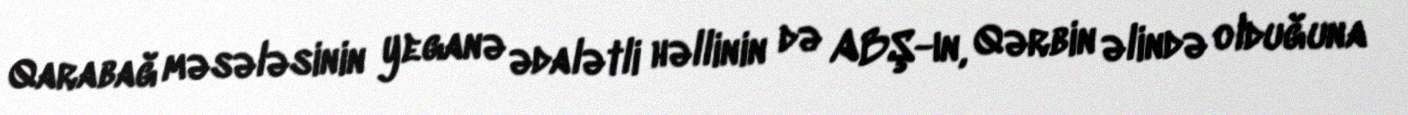
Qarabağ məsələsinin yeganə ədalətli həllinin də ABŞ-ın, Qərbin əlində olduğuna